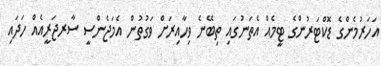
އަހަރުމެންގެ ޑޮކްޓަރުންގެ ޓީމެއް އެތަނުގައި ތިބޭނެ ވިހާއިރަށް ވަގުތުން އެމަޖެންސީ ސާރޖަރީއެއް ހަދައި